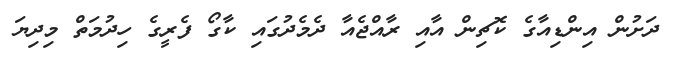
ދަށުން އިންޑިއާގެ ކޮޗިން އާއި ރާއްޖެއާ ދެމެދުގައި ކާގޯ ފެރީގެ ހިދުމަތް މިދިޔަ